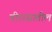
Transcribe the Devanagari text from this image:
वीररसातील